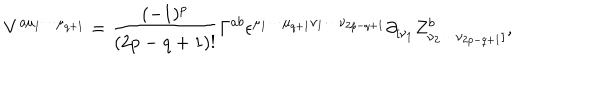
LaTeX: V ^ { a { \mu } _ { 1 } { \cdots } { \mu } _ { q + 1 } } = \frac { ( - 1 ) ^ { p } } { ( 2 p - q + 1 ) ! } { \Gamma } ^ { a b } { \epsilon } ^ { { \mu } _ { 1 } { \cdots } { \mu } _ { q + 1 } { \nu } _ { 1 } { \cdots } { \nu } _ { 2 p - q + 1 } } { \partial } _ { [ { \nu } _ { 1 } } Z _ { { \nu } _ { 2 } { \cdots } { \nu } _ { 2 p - q + 1 } ] } ^ { b } ,